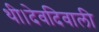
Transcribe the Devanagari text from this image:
थी।देवदिवाली